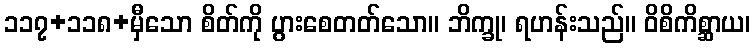
၁၁၇+၁၁၈+မှီသော စိတ်ကို ပွားစေတတ်သော။ ဘိက္ခု၊ ရဟန်းသည်။ ဝိစိကိစ္ဆာယ၊